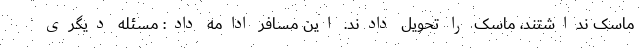
ماسک نداشتند، ماسک را تحویل دادند. این مسافر ادامه داد: مسئله دیگری